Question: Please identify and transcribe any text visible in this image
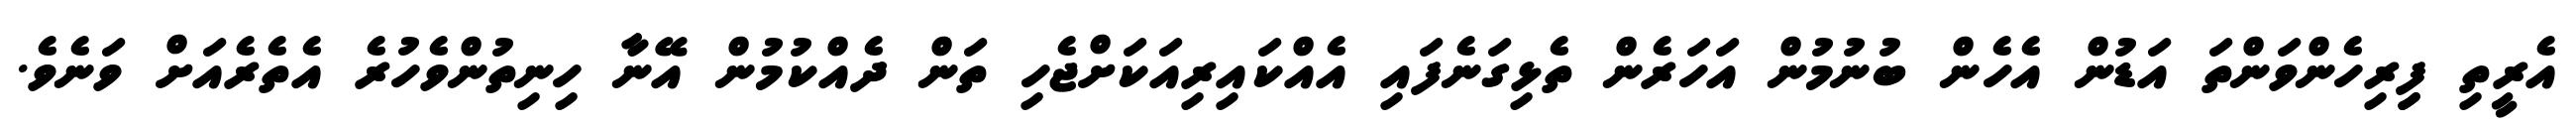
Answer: އެރީތި ފިިރިހެންވަންތަ އަޑުން އެހެން ބުނުމުން އަހަރެން ތެޅިގަނެފައި އެއްކައިރިއަކަށްޖެހި ތަން ދެއްކުމުން އޭނާ ހިނިތުންވެހުރެ އެތެރެއަށް ވަނެވެ.